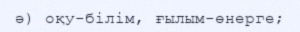
ә) оқу-білім, ғылым-өнерге;